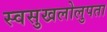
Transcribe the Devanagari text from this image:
स्वसुखलोलुपता